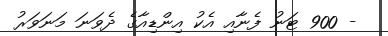
- 900 ޓަނު ފެނާއި އެކު އިންޑިއާގެ ދެވަނަ މަނަވަރު